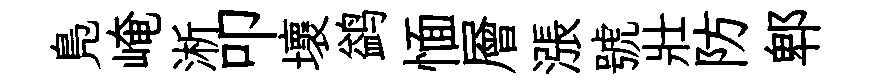
鳬崦淅叩壞鹢愐層漲號壯防郫